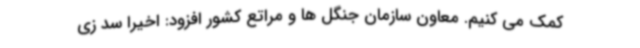
کمک می کنیم. معاون سازمان جنگل ها و مراتع کشور افزود: اخیرا سد زی